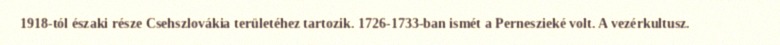
1918-tól északi része Csehszlovákia területéhez tartozik. 1726-1733-ban ismét a Perneszieké volt. A vezérkultusz.